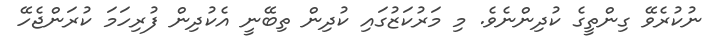
ނުކުރެވޭ ގިންތީގެ ކުދިންނެވެ. މި މަރުކަޒުގައި ކުދިން ތިބޭނީ އެކުދިން ފުރިހަމަ ކުރަންޖެހޭ